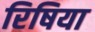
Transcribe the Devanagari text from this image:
रिषिया